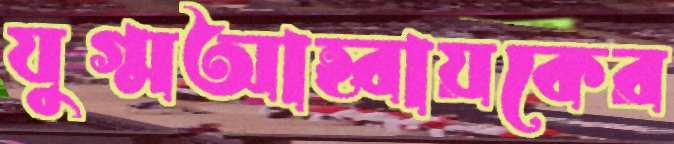
যুগ্মআহ্বায়কের